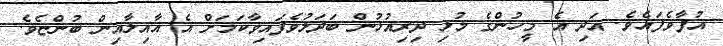
އުފާވެފައެވެ. އަދި އެ މީހުންގެ މުޅި ދިރިއުޅުން ބަދަލުވެފައިވާކަމަށް އެ އާއިލާއިން ބުންޏެވެ.